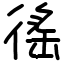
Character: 徭